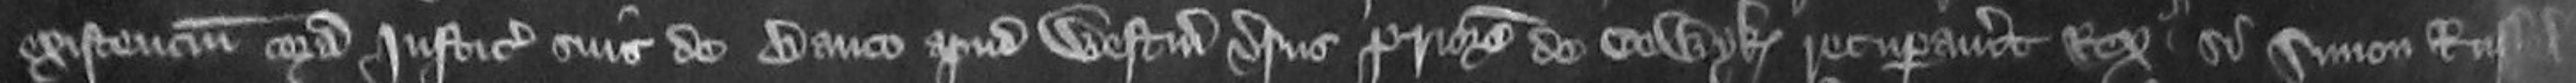
existencium coram justiciariis suis de Banco apud Westmonasterium versus Priorem de Colwyk recuperavit Rex si Simon Russel